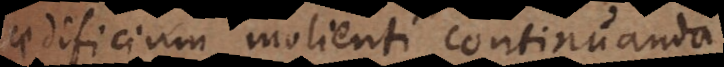
aedificium molienti continuanda